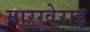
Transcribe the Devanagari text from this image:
मारग्वेराइ